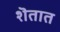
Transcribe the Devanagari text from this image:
शॆतात